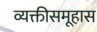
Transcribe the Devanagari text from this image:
व्यक्तीसमूहास